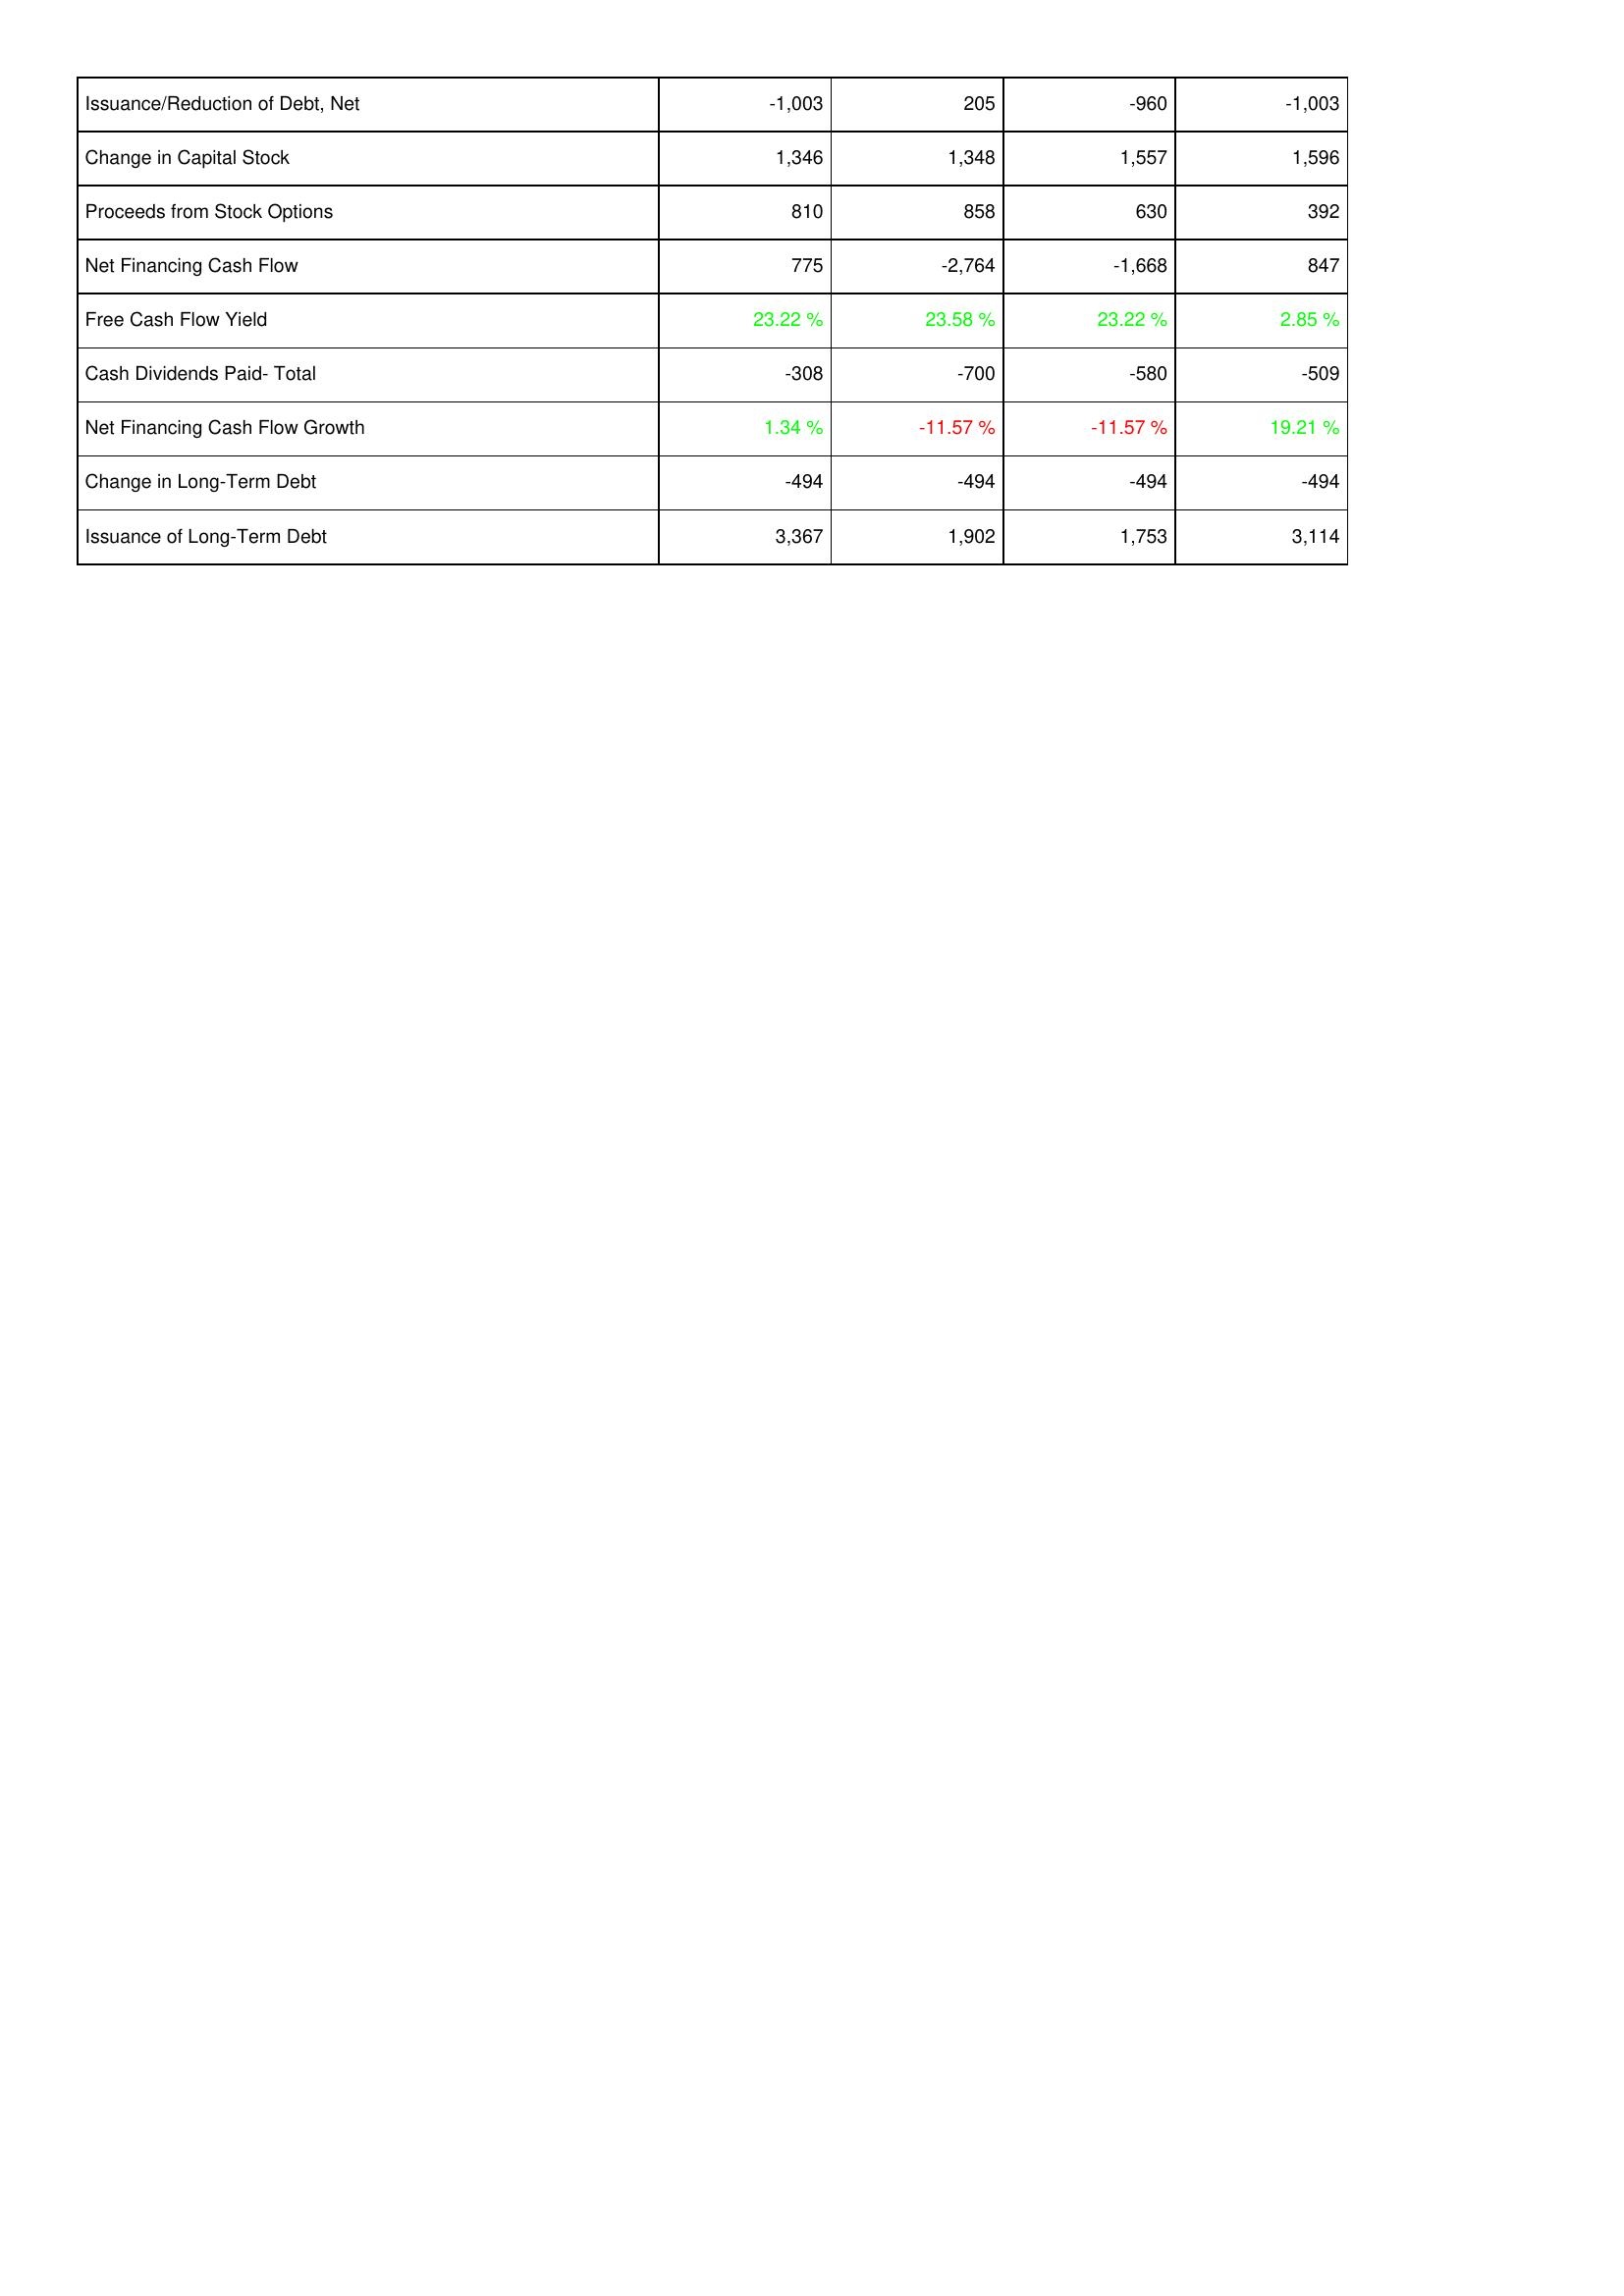
2021: Financing Activities: Issuance/Reduction of Debt, Net: -1,003
Change in Capital Stock: 1,346
Proceeds from Stock Options: 810
Net Financing Cash Flow: 775
Free Cash Flow Yield: 23.22 %
Cash Dividends Paid- Total: -308
Net Financing Cash Flow Growth: 1.34 %
Change in Long-Term Debt: -494
Issuance of Long-Term Debt: 3,367
2022: Financing Activities: Issuance/Reduction of Debt, Net: 205
Change in Capital Stock: 1,348
Proceeds from Stock Options: 858
Net Financing Cash Flow: -2,764
Free Cash Flow Yield: 23.58 %
Cash Dividends Paid- Total: -700
Net Financing Cash Flow Growth: -11.57 %
Change in Long-Term Debt: -494
Issuance of Long-Term Debt: 1,902
2023: Financing Activities: Issuance/Reduction of Debt, Net: -960
Change in Capital Stock: 1,557
Proceeds from Stock Options: 630
Net Financing Cash Flow: -1,668
Free Cash Flow Yield: 23.22 %
Cash Dividends Paid- Total: -580
Net Financing Cash Flow Growth: -11.57 %
Change in Long-Term Debt: -494
Issuance of Long-Term Debt: 1,753
2024: Financing Activities: Issuance/Reduction of Debt, Net: -1,003
Change in Capital Stock: 1,596
Proceeds from Stock Options: 392
Net Financing Cash Flow: 847
Free Cash Flow Yield: 2.85 %
Cash Dividends Paid- Total: -509
Net Financing Cash Flow Growth: 19.21 %
Change in Long-Term Debt: -494
Issuance of Long-Term Debt: 3,114